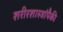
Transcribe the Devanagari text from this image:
शरीरशास्त्रांपैकी